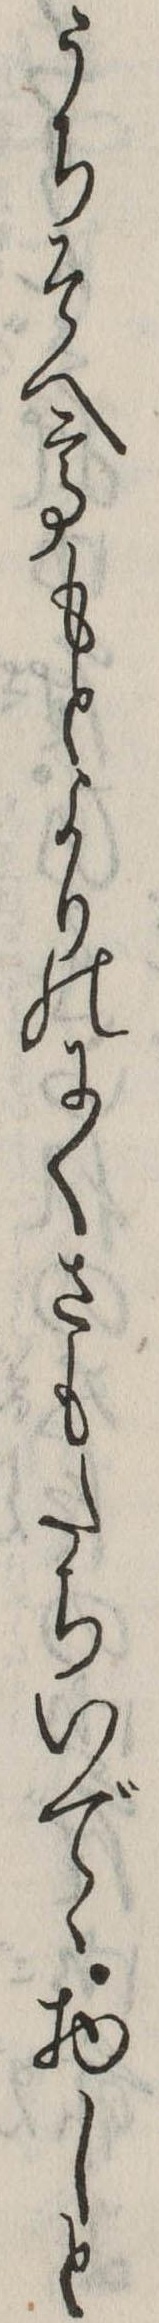
うちそへてもとよりのにくさもたちいでゝ物しと